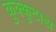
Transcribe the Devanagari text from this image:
कुक्कुटाद्य